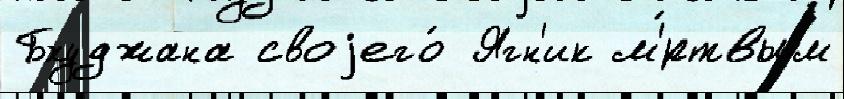
Бхуджана своjего́ Ягн'ик м'́ртвым